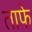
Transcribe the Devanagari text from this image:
ताफे